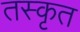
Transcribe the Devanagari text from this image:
तस्कृत